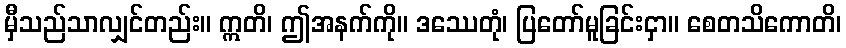
မှီသည်သာလျှင်တည်း။ ဣတိ၊ ဤအနက်ကို။ ဒဿေတုံ၊ ပြတော်မူခြင်းငှာ။ စေတသိကောတိ၊